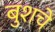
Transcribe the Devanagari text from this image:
बुशचे